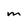
Character: M